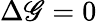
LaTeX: \Delta\mathscr{G}=0